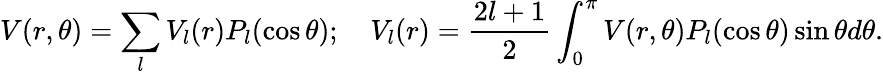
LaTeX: V(r,\theta)=\sum_{l}V_{l}(r)P_{l}(\cos\theta);\quad V_{l}(r)=\frac{2l+1}{2}\int_{0}^{\pi}V(r,\theta)P_{l}(\cos\theta)\sin\theta d\theta.